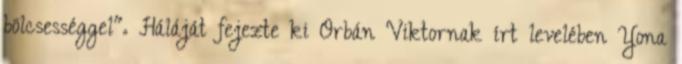
bölcsességgel". Háláját fejezte ki Orbán Viktornak írt levelében Yona